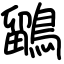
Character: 鶹